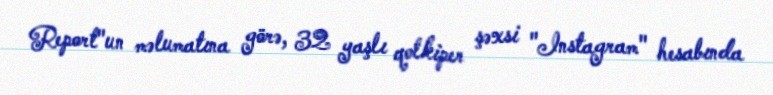
Report"un məlumatına görə, 32 yaşlı qolkiper şəxsi "Instagram" hesabında